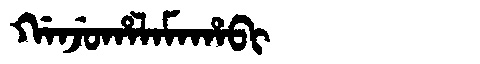
Manchu: ᡤᠠᠨᠵᡠᡥᠠᠯᠠᠮᠠᡥᠠᠪᡳ
Romanization: GANJUHALAMAHABI